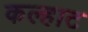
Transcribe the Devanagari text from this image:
कल्हाट